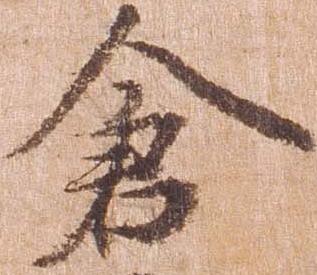
倉